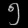
Digit: ၅